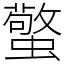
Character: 蟼